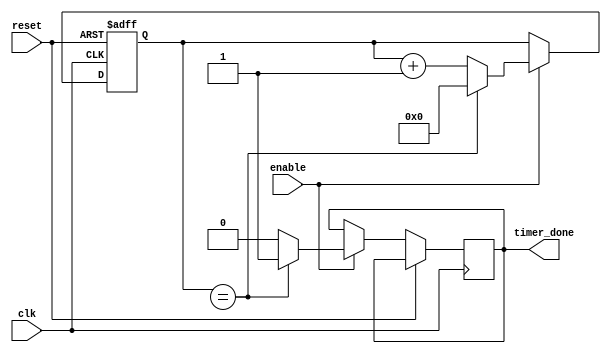
module IntervalTimer (
  input wire clk,
  input wire reset,
  input wire enable,
  output wire timer_done
);

reg [31:0] counter;
reg [31:0] interval;
reg timer_done;

always @(posedge clk or posedge reset) begin
  if (reset) begin
    counter <= 32'b0;
  end else begin
    if (enable) begin
      counter <= counter + 1;
      if (counter == interval) begin
        timer_done <= 1;
        counter <= 32'b0;
      end else begin
        timer_done <= 0;
      end
    end
  end
end

endmodule